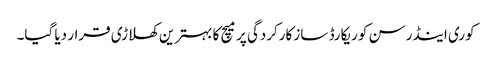
کوری اینڈرسن کو ریکارڈ ساز کارکردگی پر میچ کا بہترین کھلاڑی قرار دیا گیا۔